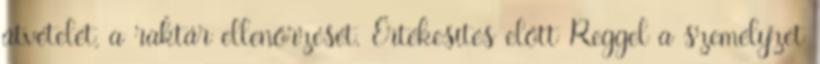
átvételét, a raktár ellenőrzését. Értékesítés előtt Reggel a személyzet